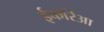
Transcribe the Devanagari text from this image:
ईकरिआ